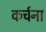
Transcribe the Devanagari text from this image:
कर्चना